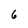
Character: 6